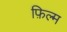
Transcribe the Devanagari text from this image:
फ़िल्म